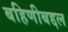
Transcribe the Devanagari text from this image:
बहिणीबद्दल